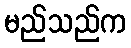
မည်သည်က